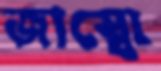
জাম্বো